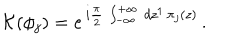
LaTeX: { \cal K } ( \phi _ { j } ) = e ^ { \, i \frac { \pi } { 2 } \, \int _ { - \infty } ^ { + \infty } \, d z ^ { 1 } \, \pi _ { j } ( z ) } \, .